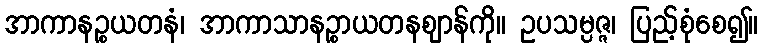
အာကာနဉ္စယတနံ၊ အာကာသာနဉ္စာယတနဈာန်ကို။ ဥပသမ္ပဇ္ဇ၊ ပြည့်စုံစေ၍။